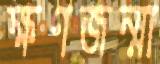
ক্ষণজন্মা